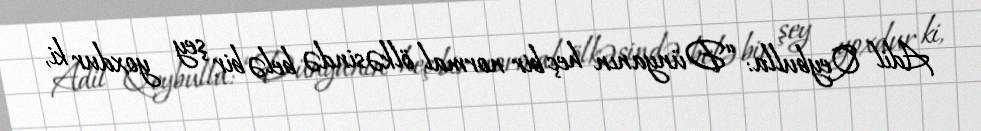
Adil Qeybulla: “Dünyanın heç bir normal ölkəsində belə bir şey yoxdur ki,